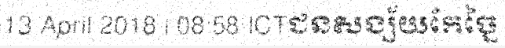
13 April 2018 | 08:58 ICTជនសង្ស័យកែច្នៃ